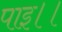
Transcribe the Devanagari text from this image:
पाइ।।